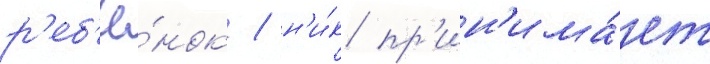
р'еб'ё́нок / н'и́к пр'ин'има́ет